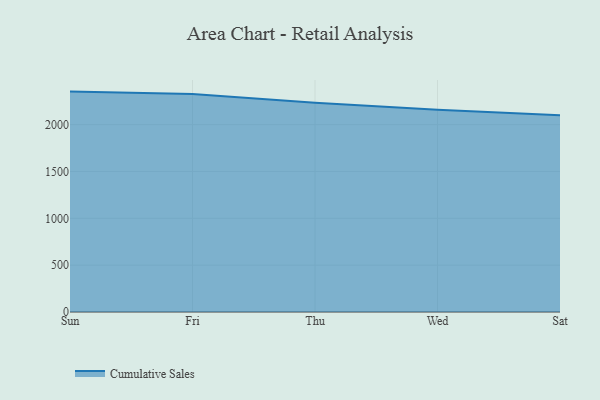
{"axis": {"x": "Day", "y": "Backlog"}, "legend": ["Cumulative Sales"], "data": [{"x": "Sun", "y": 2352.7, "type": "Cumulative Sales"}, {"x": "Fri", "y": 2326.8, "type": "Cumulative Sales"}, {"x": "Thu", "y": 2234.1, "type": "Cumulative Sales"}, {"x": "Wed", "y": 2157.9, "type": "Cumulative Sales"}, {"x": "Sat", "y": 2099.1, "type": "Cumulative Sales"}]}